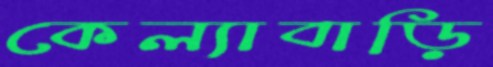
কেল্যাবাড়ি